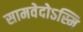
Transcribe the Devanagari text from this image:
सामवेदोऽस्मि